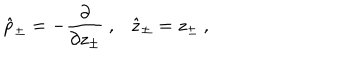
\hat { p } _ { \pm } = - \frac { \partial } { \partial z _ { \pm } } ~ , \hat { z } _ { \pm } = z _ { \pm } ~ ,